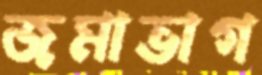
জমাভাগ